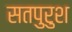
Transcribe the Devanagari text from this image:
सतपुरुश